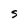
Character: S